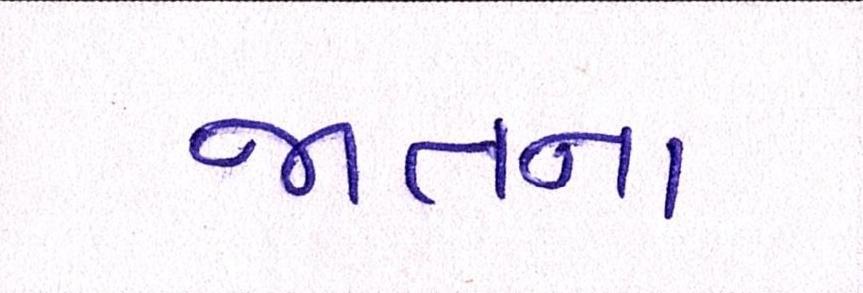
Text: જાતના